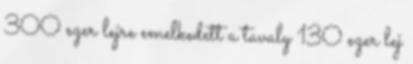
300 ezer lejre emelkedett a tavaly 130 ezer lej